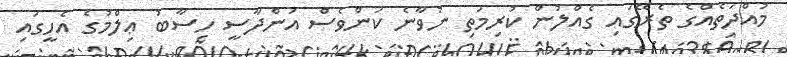
މުއްދަތެއްގެ ތެރޭގައި ގެއްލުން ކުރިމަތި ނުވާނެ ކަންވެސް އަންދާސީ ހިސާބު ޢިލްމުގެ އެހީގައި